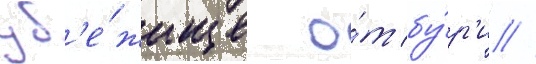
уб'е́жище о́т бу́р'и //